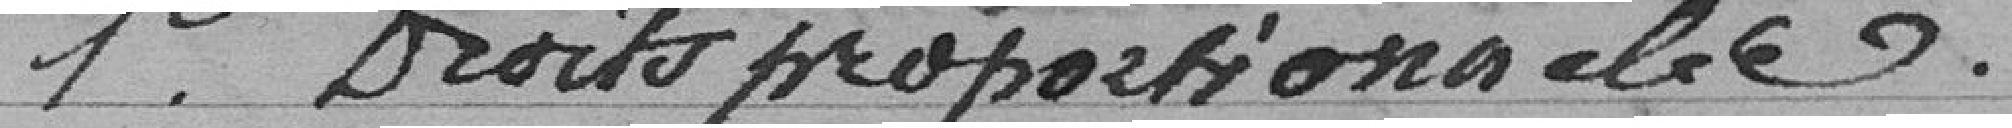
1er. Droits proportionnalité .